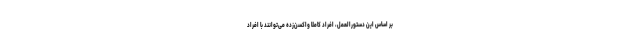
بر اساس این دستورالعمل، افراد کاملا واکسن‌زده می‌توانند با افراد